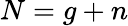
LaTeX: N=g+n